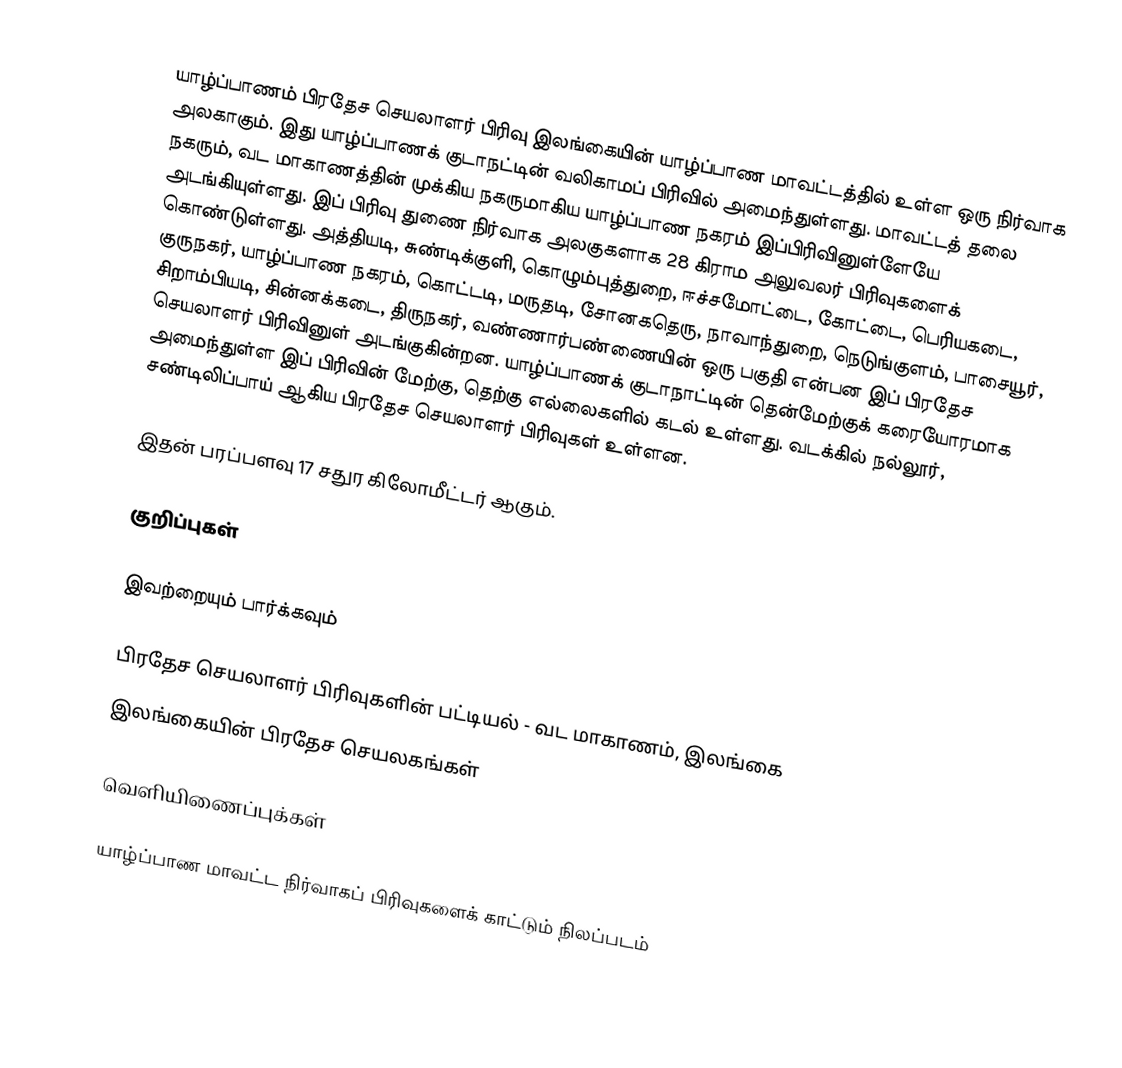
யாழ்ப்பாணம் பிரதேச செயலாளர் பிரிவு இலங்கையின் யாழ்ப்பாண மாவட்டத்தில் உள்ள ஒரு நிர்வாக அலகாகும். இது யாழ்ப்பாணக் குடாநட்டின் வலிகாமப் பிரிவில் அமைந்துள்ளது. மாவட்டத் தலை நகரும், வட மாகாணத்தின் முக்கிய நகருமாகிய யாழ்ப்பாண நகரம் இப்பிரிவினுள்ளேயே அடங்கியுள்ளது. இப் பிரிவு துணை நிர்வாக அலகுகளாக 28 கிராம அலுவலர் பிரிவுகளைக் கொண்டுள்ளது. அத்தியடி, சுண்டிக்குளி, கொழும்புத்துறை, ஈச்சமோட்டை, கோட்டை, பெரியகடை, குருநகர், யாழ்ப்பாண நகரம், கொட்டடி, மருதடி, சோனகதெரு, நாவாந்துறை, நெடுங்குளம், பாசையூர், சிறாம்பியடி, சின்னக்கடை, திருநகர், வண்ணார்பண்ணையின் ஒரு பகுதி  என்பன இப் பிரதேச செயலாளர் பிரிவினுள் அடங்குகின்றன. யாழ்ப்பாணக் குடாநாட்டின் தென்மேற்குக் கரையோரமாக அமைந்துள்ள இப் பிரிவின் மேற்கு, தெற்கு எல்லைகளில் கடல் உள்ளது. வடக்கில் நல்லூர், சண்டிலிப்பாய் ஆகிய பிரதேச செயலாளர் பிரிவுகள் உள்ளன.

இதன் பரப்பளவு 17 சதுர கிலோமீட்டர் ஆகும்.

குறிப்புகள்

இவற்றையும் பார்க்கவும்

 பிரதேச செயலாளர் பிரிவுகளின் பட்டியல் - வட மாகாணம், இலங்கை
 இலங்கையின் பிரதேச செயலகங்கள்

வெளியிணைப்புக்கள்

 யாழ்ப்பாண மாவட்ட நிர்வாகப் பிரிவுகளைக் காட்டும் நிலப்படம்